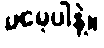
မမေ့ပါနဲ့။